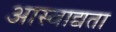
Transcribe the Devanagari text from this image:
आस्वाद्यता